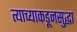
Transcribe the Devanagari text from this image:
त्याच्याकडूनसुद्धा